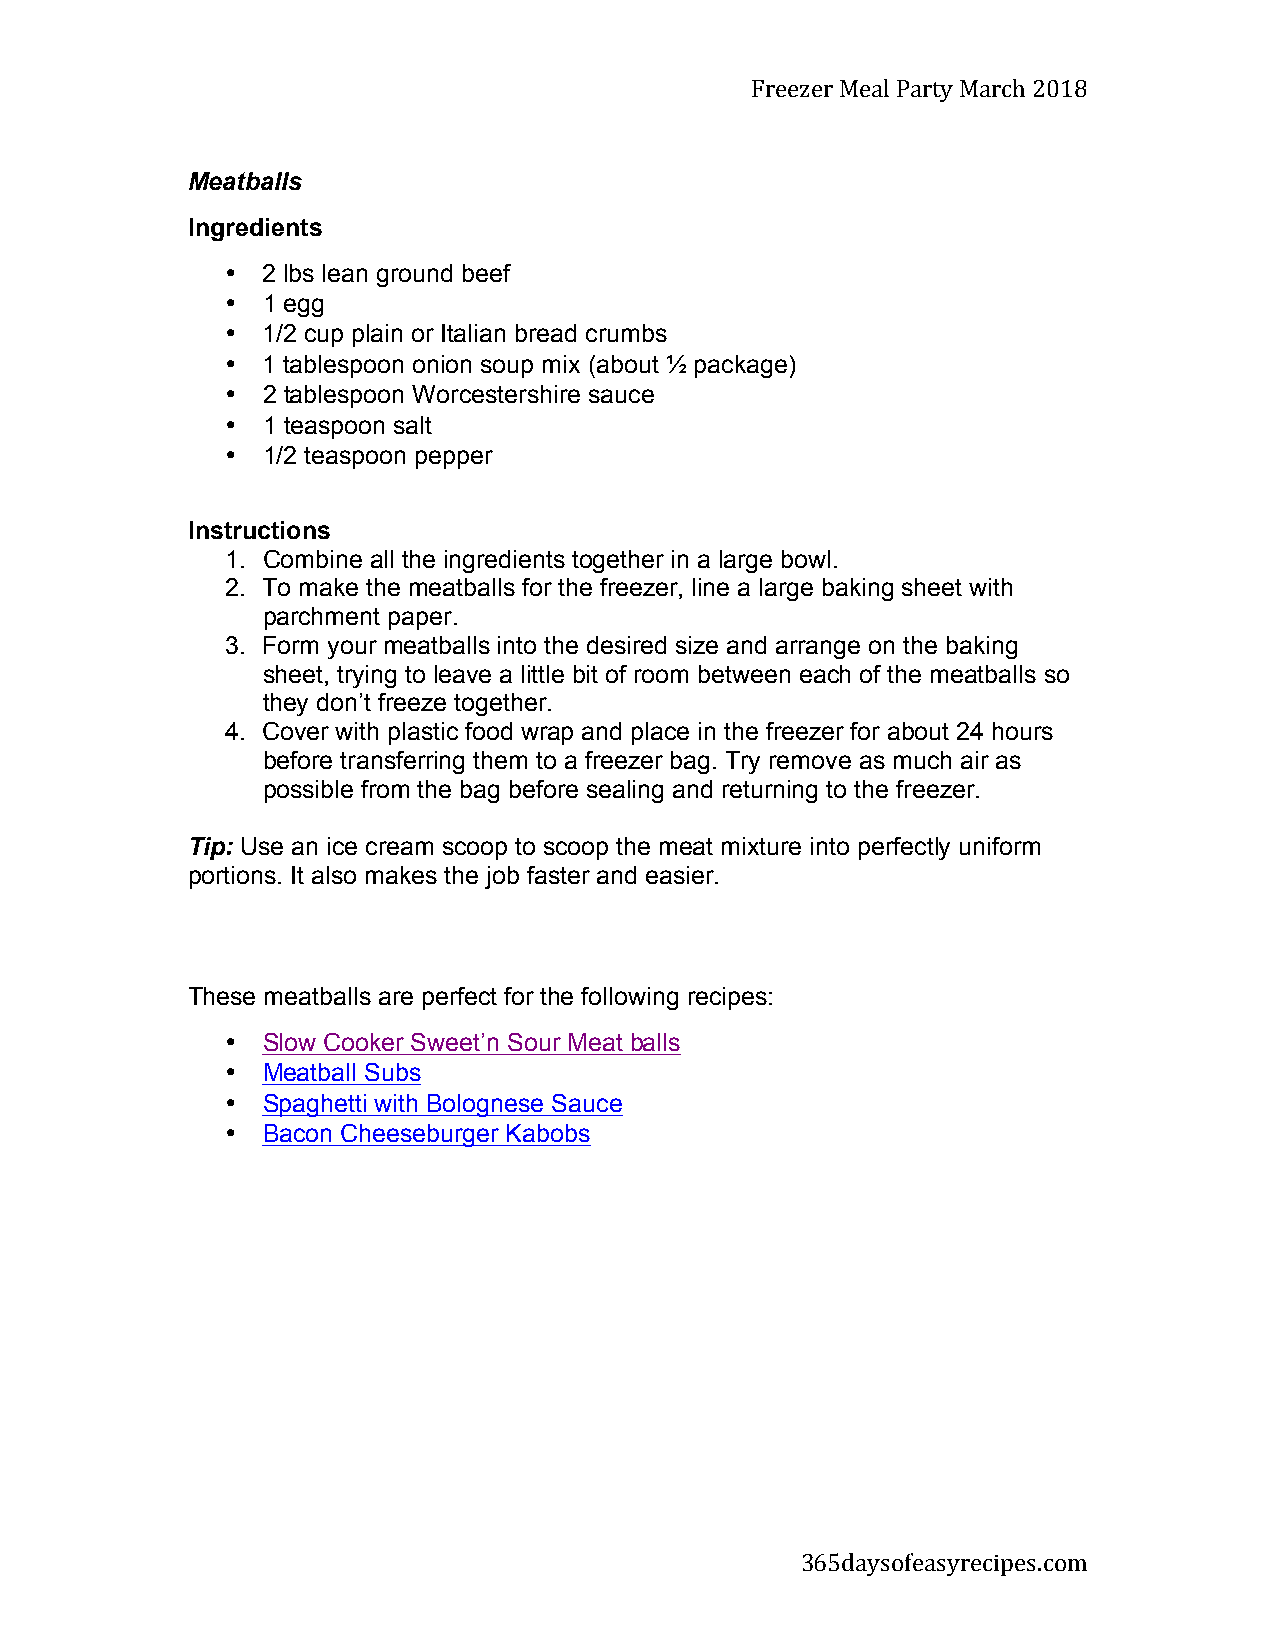
Freezer Meal Party March 2018
 Meatballs
 Ingredients
 • 2 lbs lean ground beef
 • 1 egg
 • 1/2 cup plain or Italian bread crumbs
 • 1 tablespoon onion soup mix (about ½ package)
 • 2 tablespoon Worcestershire sauce
 • 1 teaspoon salt
 • 1/2 teaspoon pepper
 Instructions
 1. Combine all the ingredients together in a large bowl.
 2. To make the meatballs for the freezer, line a large baking sheet with
 parchment paper.
 3. Form your meatballs into the desired size and arrange on the baking
 sheet, trying to leave a little bit of room between each of the meatballs so
 they don’t freeze together.
 4. Cover with plastic food wrap and place in the freezer for about 24 hours
 before transferring them to a freezer bag. Try remove as much air as
 possible from the bag before sealing and returning to the freezer.
 Tip: Use an ice cream scoop to scoop the meat mixture into perfectly uniform
 portions. It also makes the job faster and easier.
 These meatballs are perfect for the following recipes:
 • Slow Cooker Sweet’n Sour Meat balls
 • Meatball Subs
 • Spaghetti with Bolognese Sauce
 • Bacon Cheeseburger Kabobs
 365daysofeasyrecipes.com